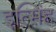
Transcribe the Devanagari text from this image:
इत्सिंह